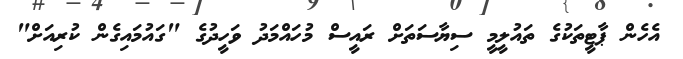
އެހެން ޕާޓީތަކުގެ ތައުލީމީ ސިޔާސަތަށް ރައީސް މުހައްމަދު ވަހީދުގެ "ގައުމައިގެން ކުރިއަށް"